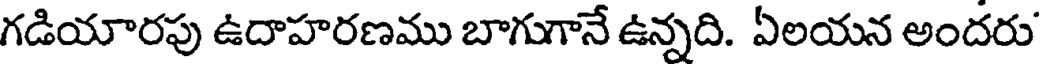
గడియారపు ఉదాహరణము బాగుగానే ఉన్నది. ఏలయన అందరు